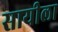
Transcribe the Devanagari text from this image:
सायीला